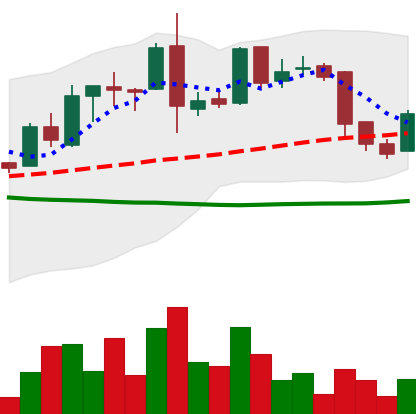
Ticker: LTC-USD
Chart end date: 2015-12-23
Forward return: -3.131%
Label: down_3_5